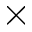
\times